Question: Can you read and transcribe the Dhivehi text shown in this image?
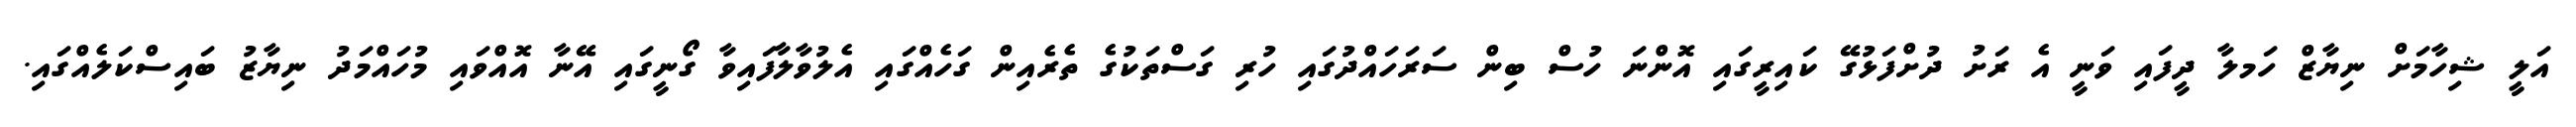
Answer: އަލީ ޝިހާމަށް ނިޔާޒް ހަމލާ ދީފައި ވަނީ އެ ރަށު ދުށްފަޅުގޭ ކައިރީގައި އޮންނަ ހުސް ބިން ސަރަހައްދުގައި ހުރި ގަސްތަކުގެ ތެރެއިން ގަހެއްގައި އެލުވާލާފައިވާ ގޯނީގައި އޭނާ އޮއްވައި މުހައްމަދު ނިޔާޒު ބައިސްކަލެއްގައި.